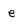
Character: e